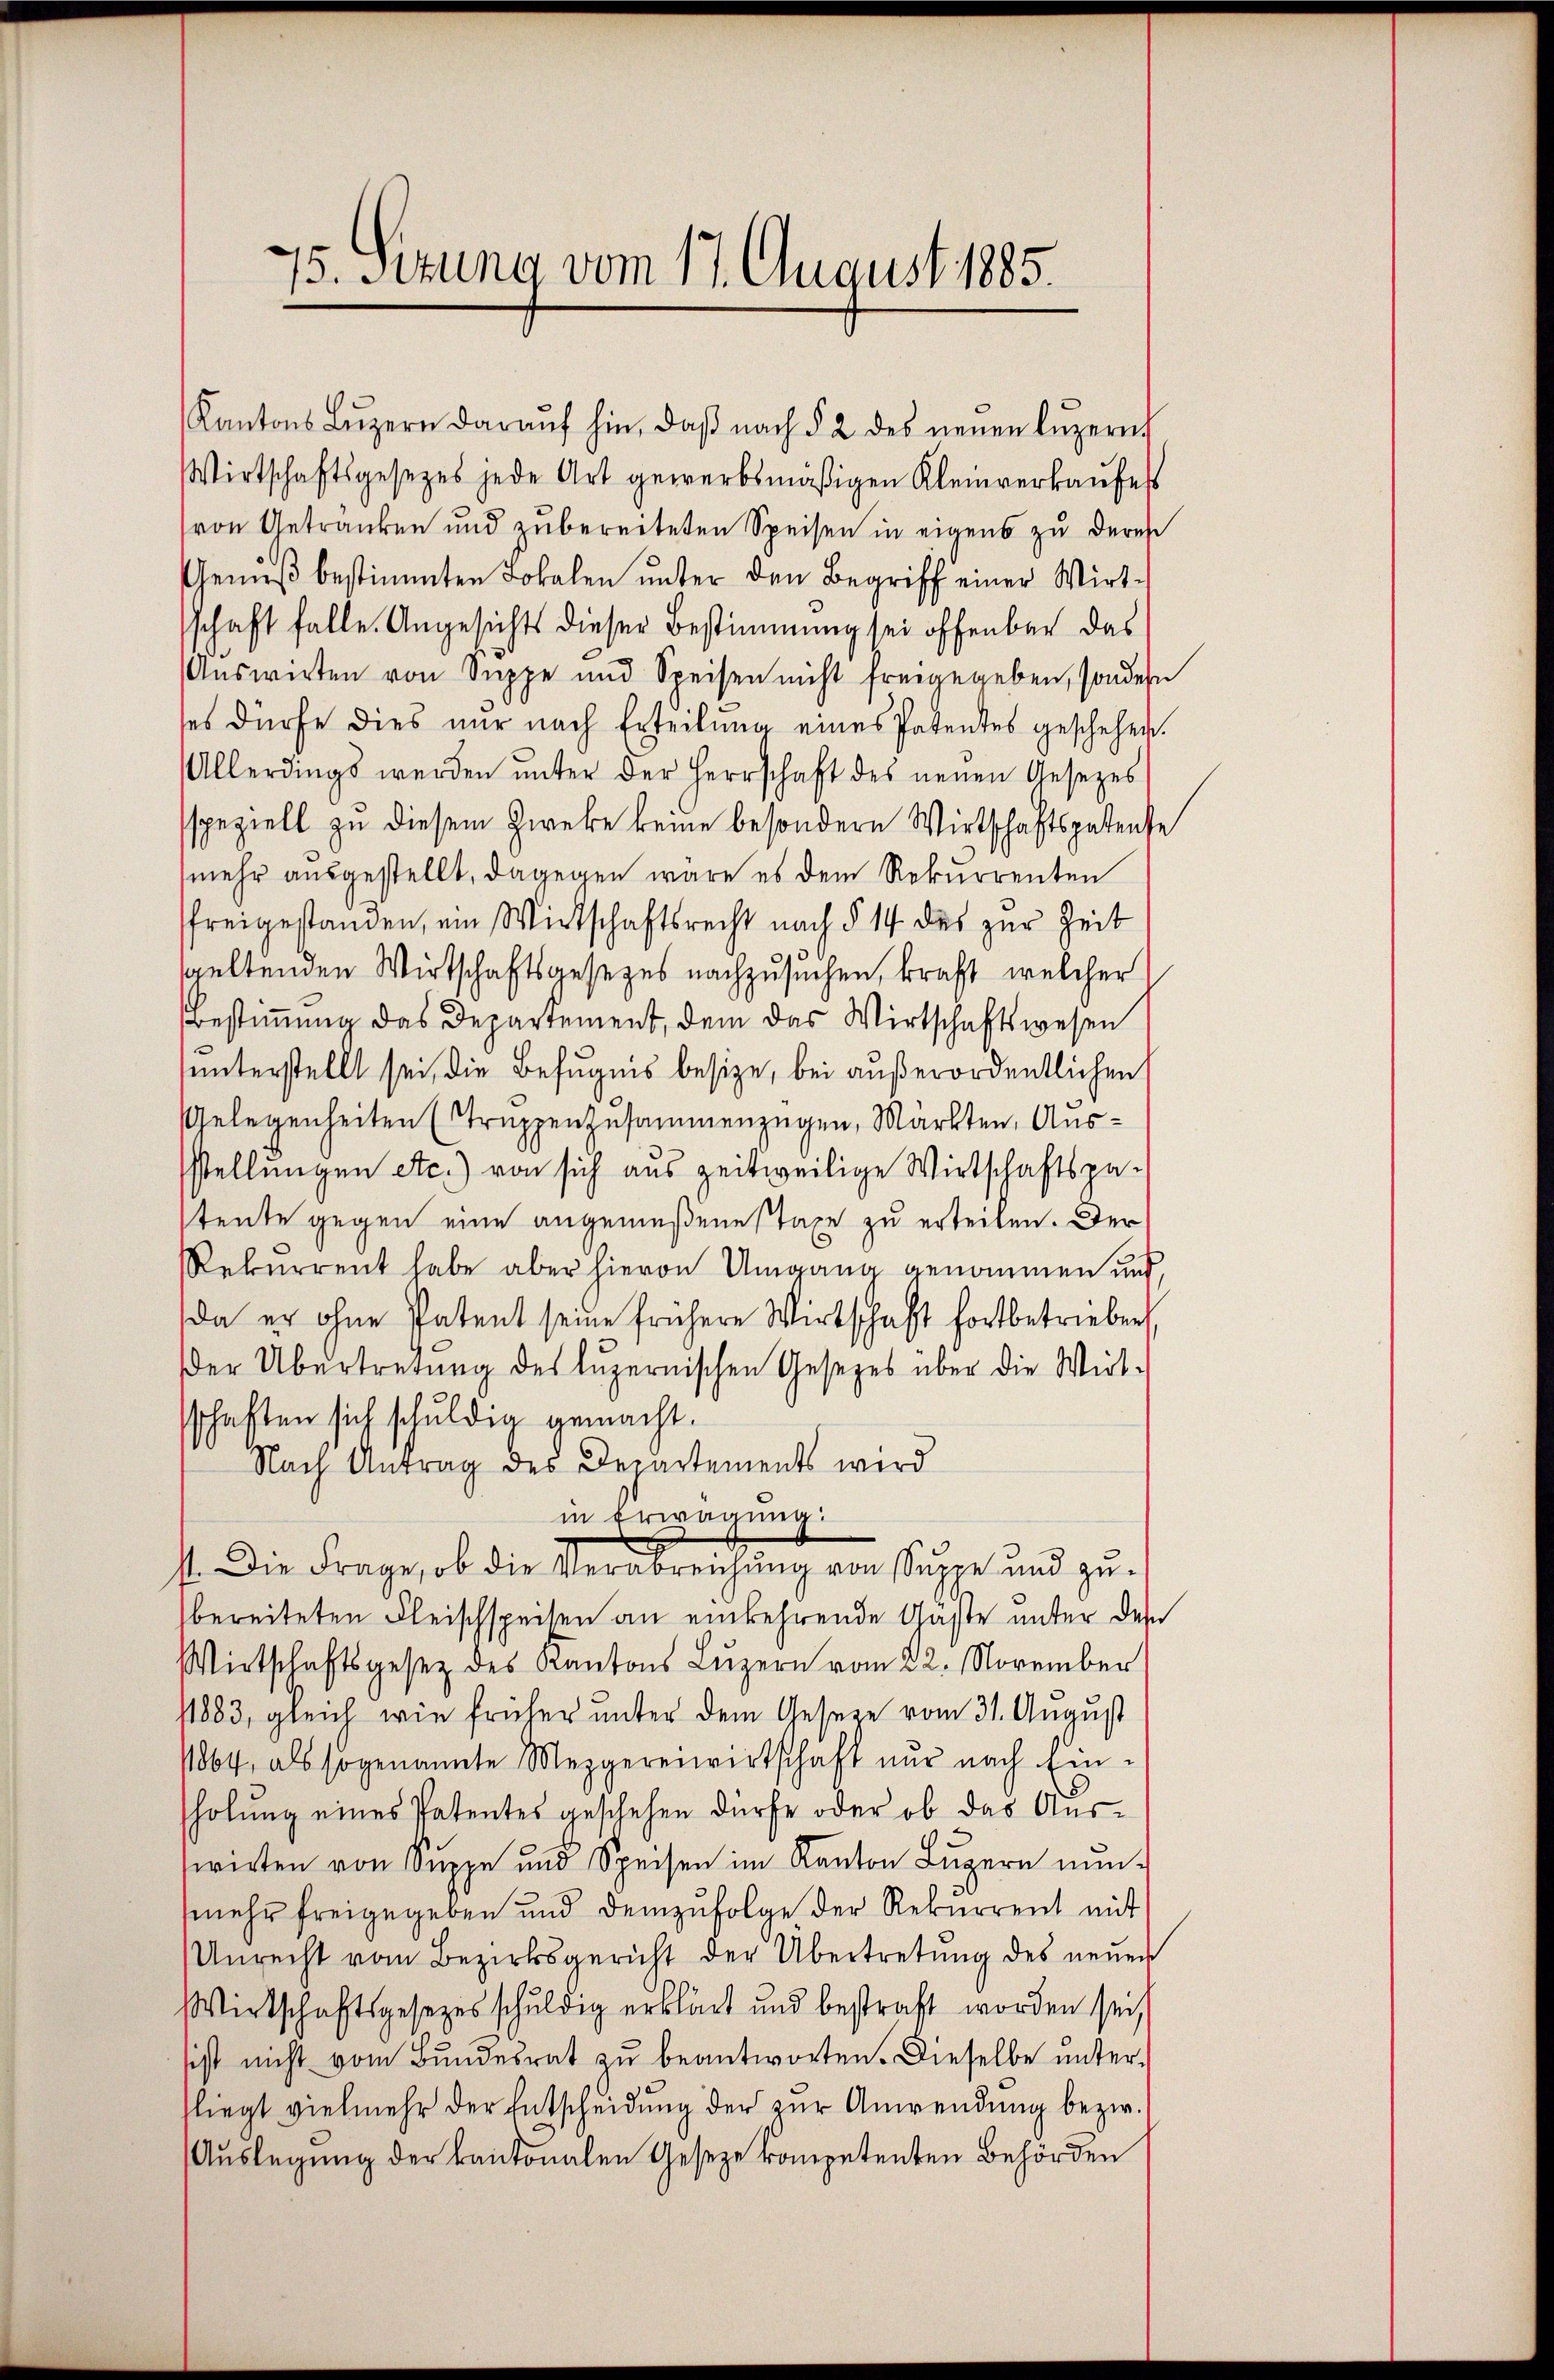
75. Sitzung vom 17. August 1885.

Kantons Lŭzern daraŭf hin, daβ nach § 2 des neuen Lŭzern
Wirtschaftsgesetzes jede Art gewerbsmäßigen Kleinverkaufes
von Getranken und zubereiteten Speisen in eigens zu deres
Genuß bestimmten Jokalen unter den Begriff einer Wirt-
schaft falle. Angesichts dieser Bestimmung sei offenbar das
Auswirten von Suppe und Speisen nicht freigegeben, sondern
ses dürfe dies nur nach Erteilŭng eines Patentes geschehen.
Allerdings werden ŭnter der Herrschaft des neuen Gesezes
sspeziell zu diesem Zwecke keine besondern Wirtschaftsgestenfe
mehr ausgestellt, dagegen wäre es dem Rekurrenten
freigestanden, ein Wirtschaftsrecht nach § 14 des zur Zeit
seltenden Wirtschaftsgesezes nachzusuchen, kraft, welcher
Bestimmung das Departement, dem das Wirtschaftswesen
sunterstellt sei, die Befugnis besize, bei außerordentlichen
Gelegenheiten (truppenzusammenzügen, Markten, Ausstellungen etc.) von sich aus zeitweilige Wirtschaftspastente gegen eine angemeßene staxe zu erteilen. Der
Rekurrent habe aber hievon Umgang genommen und,
da er ohne Patent seine frühere Wirtschaft fortbetrieben
er Übertretung des luzernischen Gesetzes über die Wirt-
sschaften sich schuldig gemacht.
Nach Antrag des Departements wird
in Erwägung.
I. Die Frage, ob die Verabreichung von Suppe und zubereiteten Fleischspeisen an einkehrende Gaste unter des
Wirtschaftsgesetz des Kantons Luzern vom 22. November
/1883, gleich wie früher unter dem Gesetze vom 31. August
1864, als sogenannte Mezgereiwirtschaft nur nach Ein-
holŭng eines Patentes geschehen dürfe oder ob das Auswirten von Suppe und Speisen im Kanton Lŭzern nŭn-
(mehr freigegeben und demzufolge der Rekurrent mit
Unrecht vom Bezirksgericht der Übertretung des neuer
Wirtschaftsgesezesschuldig erklärt und bestraft worden sei,
sist nicht vom Bundesrat zu beantworten. Dieselbe unter-
fliegt vielmehr der Entscheidŭng der zŭr Anwendung bezw.
Auslegung der kantonalen Gesetze kompetenten Behörden